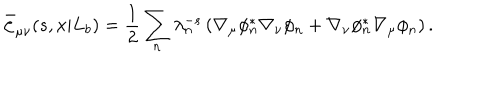
\bar { \zeta } _ { \mu \nu } ( s , x | L _ { b } ) = { \frac { 1 } { 2 } } \sum _ { n } \lambda _ { n } ^ { - s } \left( \nabla _ { \mu } \phi _ { n } ^ { * } \nabla _ { \nu } \phi _ { n } + \nabla _ { \nu } \phi _ { n } ^ { * } \nabla _ { \mu } \phi _ { n } \right) .